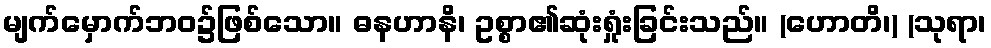
မျက်မှောက်ဘဝ၌ဖြစ်သော။ ဓနဟာနိ၊ ဥစ္စာ၏ဆုံးရှုံးခြင်းသည်။ (ဟောတိ၊) (သုရာ၊